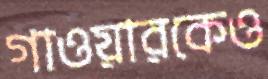
গাওয়ারকেও